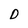
Character: D